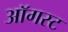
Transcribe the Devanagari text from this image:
अाॅगस्ट